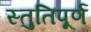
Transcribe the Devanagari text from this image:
स्तुतिपूर्ण